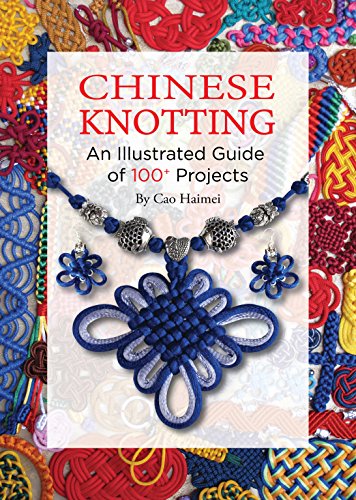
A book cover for Chinese Knotting: An Illustrated Guide of 100+ Projects; Cao Haimei; Crafts, Hobbies & Home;